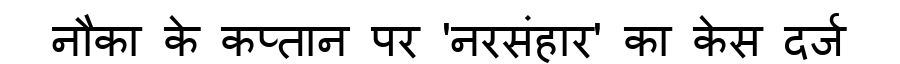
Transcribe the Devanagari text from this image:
नौका के कप्तान पर 'नरसंहार' का केस दर्ज